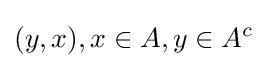
(y,x),x\in A,y\in A^{c}